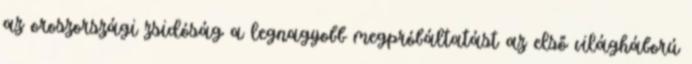
az oroszországi zsidóság a legnagyobb megpróbáltatást az első világháború